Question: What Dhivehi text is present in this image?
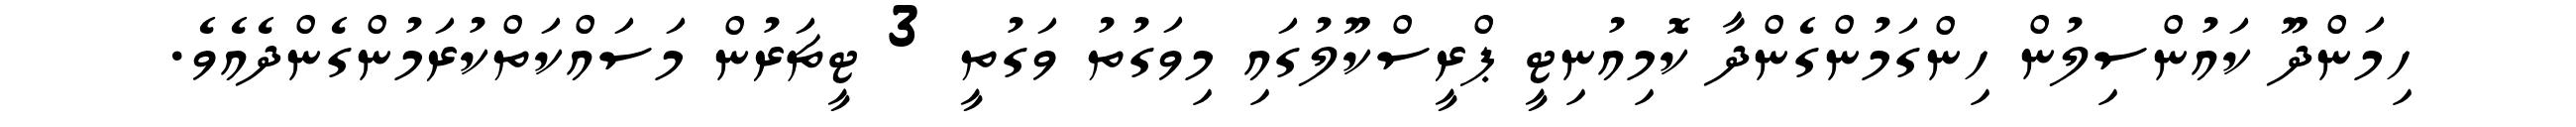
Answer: ހިމަންދޫ ކައުންސިލުން ހިންގަމުންގެންދާ ކޮމިއުނިޓީ ޕްރީސްކޫލުގައި މިވަގުތު ވަގުތީ 3 ޓީޗަރުން މަސައްކަތްކުރަމުންގެންދެއެވެ.